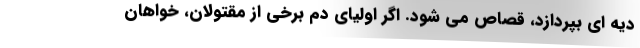
دیه ای بپردازد، قصاص می شود. اگر اولیای دم برخی از مقتولان، خواهان